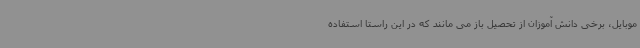
موبایل، برخی دانش آموزان از تحصیل باز می مانند که در این راستا استفاده